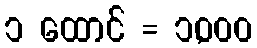
၁ ထောင် = ၁,၀၀၀